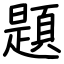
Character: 題